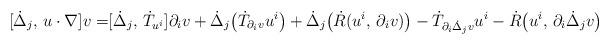
LaTeX: \begin{align*}[\dot{\Delta}_j,\, u\cdot\nabla] v=&[\dot{\Delta}_j,\, \dot{T}_{u^i}]\partial_i v+\dot{\Delta}_j\big(\dot{T}_{\partial_i v} u^i\big)+\dot{\Delta}_j\big(\dot{R}(u^i,\,\partial_i v)\big)-\dot{T}_{\partial_i \dot{\Delta}_jv} u^i-\dot{R}\big(u^i,\,\partial_i \dot{\Delta}_j v\big)\end{align*}